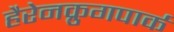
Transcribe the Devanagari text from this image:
हैरेनक्रुगपार्क